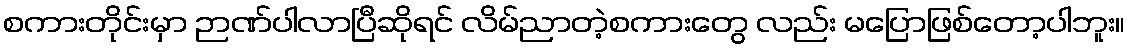
စကားတိုင်းမှာ ဉာဏ်ပါလာပြီဆိုရင် လိမ်ညာတဲ့စကားတွေ လည်း မပြောဖြစ်တော့ပါဘူး။